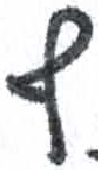
אות: ף